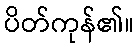
ပိတ်ကုန်၏။